Lunatic asylums in Bengal annual reports 1912-1924 - 1912-1924
Year: 1912
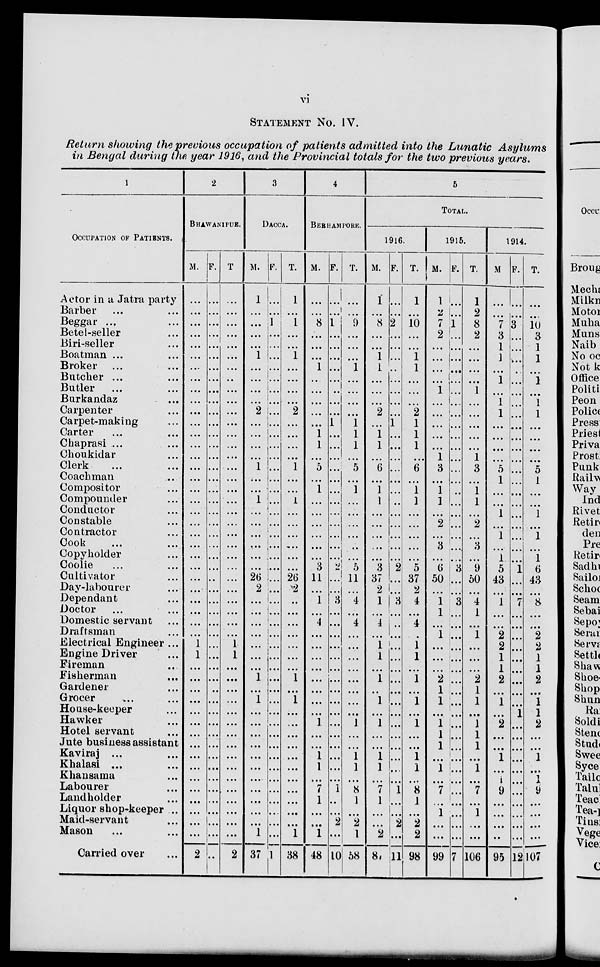
vi
STATEMENT No. IV.
Return showing the previous occupation of patients admitted into the Lunatic
Asylums
in Bengal during the year 1916, and the Provincial totals for the two previous years.
1
OCCUPATION OF PATIENTS.
Actor in a Jatra party
Barber ... ...
Beggar ... ...
Betel-seller ...
Biri-seller ...
Boatman ... ...
Broker ... ...
Butcher ... ...
Butler ... ...
Burkandaz ...
Carpenter ...
Carpet making ...
Carter ... ...
Chaprasi ... ...
Choukidar ...
Clerk ... ...
Coachman ...
Compositor ...
Compounder ...
Conductor ...
Constable ...
Contractor ...
Cook ... ...
Copyholder ...
Coolie ... ...
Cultivator ...
Day-labourer ...
Dependant ...
Doctor ... ...
Domestic servant ...
Draftsman ...
Electrical Engineer ...
Engine Driver ...
Fireman ...
Fisherman ...
Gardener ...
Grocer ... ...
House-keeper ...
Hawker ...
Hotel servant ...
Jute business assistant
Kaviraj ... ...
Khalasi ... ...
Khansama ...
Labourer ...
Landholder ...
Liquor shop-keeper ...
Maid-servant ...
Mason ... ...
Carried over ...
2
BHAWANIPUR.
M.
...
...
...
...
...
...
...
...
...
...
...
...
...
...
...
...
...
...
...
...
...
...
...
...
...
...
...
...
...
...
...
1
1
...
...
...
...
...
...
...
...
...
...
...
...
...
...
...
...
2
F.
...
...
...
...
...
...
...
...
...
...
...
...
...
...
...
...
...
...
...
...
...
...
...
...
...
...
...
...
...
...
...
...
...
...
...
...
...
...
...
...
...
...
...
...
...
...
...
...
...
...
T
...
...
...
...
...
...
...
...
...
...
...
...
...
...
...
...
...
...
...
...
...
...
...
...
...
...
...
...
...
...
...
1
1
...
...
...
...
...
...
...
...
...
...
...
...
...
...
...
...
2
3
DACCA.
M.
1
...
...
...
...
1
...
...
...
...
2
...
...
...
...
1
...
...
1
...
...
...
...
...
...
26
2
...
...
...
...
...
...
...
1
...
1
...
...
...
...
...
...
...
...
...
...
...
1
37
F.
...
...
1
...
...
...
...
...
...
...
...
...
...
...
...
...
...
...
...
...
...
...
...
...
...
...
...
...
...
...
...
...
...
...
...
...
...
...
...
...
...
...
...
...
...
...
...
...
...
1
T.
1
...
1
...
...
1
...
...
...
...
2
...
...
...
...
1
...
...
1
...
...
...
...
...
...
26
2
...
...
...
...
...
...
...
1
...
1
...
...
...
...
...
...
...
...
...
...
...
1
38
4
BERHAMPORE.
M.
...
...
8
...
...
...
1
...
...
...
...
...
1
1
...
5
...
1
...
...
...
...
...
...
3
11
...
1
...
4
...
...
...
...
...
...
...
...
1
...
...
1
1
...
7
1
...
...
1
48
F.
...
...
1
...
...
...
...
...
...
...
...
1
...
...
...
...
...
...
...
...
...
...
...
...
2
...
...
3
...
...
...
...
...
...
...
...
...
...
...
...
...
...
...
...
1
...
...
2
...
10
T.
...
...
9
...
...
...
1
...
...
...
...
1
1
1
...
5
...
1
...
...
...
...
...
...
5
11
...
4
...
4
...
...
...
...
...
...
...
...
1
...
...
1
1
...
8
1
...
2
1
58
5
TOTAL.
1916.
M.
1
...
8
...
...
1
1
...
...
...
2
...
1
1
...
6
...
1
1
...
...
...
...
...
3
37
2
1
...
4
...
1
1
...
1
...
1
...
1
...
...
1
1
...
7
1
...
...
2
88
F.
...
...
2
...
...
...
...
...
...
...
...
1
...
...
...
...
...
...
...
...
...
...
...
...
2
...
...
3
...
...
...
...
...
...
...
...
...
...
...
...
...
...
...
...
1
...
...
2
...
11
T.
1
...
10
...
...
1
1
...
...
...
2
1
1
1
...
6
...
1
1
...
...
...
...
...
5
37
2
4
...
4
...
1
1
...
1
...
1
...
1
...
...
1
1
...
8
1
...
2
2
98
1915.
M.
1
2
7
2
...
...
...
...
1
...
...
...
...
...
1
3
...
1
1
...
2
...
3
...
6
50
...
1
1
...
1
...
...
...
2
1
1
...
1
1
1
...
1
...
7
...
1
...
...
99
F.
...
...
1
...
...
...
...
...
...
...
...
...
...
...
...
...
...
...
...
...
...
...
...
...
3
...
...
3
...
...
...
...
...
...
...
...
...
...
...
...
...
...
...
...
...
...
...
...
...
7
T.
1
2
8
2
...
...
...
...
1
...
...
...
...
...
1
3
...
1
1
...
2
...
3
...
9
50
...
4
1
...
1
...
...
...
2
1
1
...
1
1
1
...
1
...
7
...
1
...
...
106
1914.
M.
...
...
7
3
1
1
...
1
...
1
1
...
...
...
...
5
1
...
...
1
...
1
...
1
5
43
...
1
...
...
2
2
1
1
2
...
1
...
2
...
...
1
...
1
9
...
...
...
...
95
F.
...
...
3
...
...
...
...
...
...
...
...
...
...
...
...
...
...
...
...
...
...
...
...
...
1
...
...
7
...
...
...
...
...
...
...
...
...
1
...
...
...
...
...
...
...
...
...
...
...
12
T.
...
...
10
3
1
1
...
1
...
1
1
...
...
...
...
5
1
...
...
1
...
1
...
1
6
43
...
8
...
...
2
2
1
1
2
...
1
1
2
...
...
1
...
1
9
...
...
...
...
107